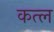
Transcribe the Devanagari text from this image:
कत्‍ल